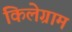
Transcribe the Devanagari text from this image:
किलेग्राम